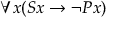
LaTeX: \forall x ( S x \rightarrow \neg P x )